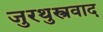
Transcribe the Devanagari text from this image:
जुरथुस्त्रवाद